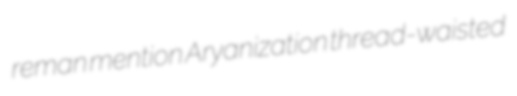
reman mention Aryanization thread-waisted